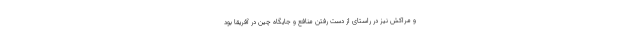
و مراکش نیز در راستای از دست رفتن منافع و جایگاه چین در آفریقا بود